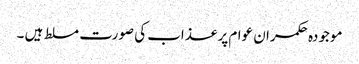
موجودہ حکمران عوام پر عذاب کی صورت مسلط ہیں ۔